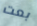
بعت